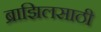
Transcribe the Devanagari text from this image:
ब्राझिलसाठी